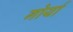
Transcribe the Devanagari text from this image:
गोर्या